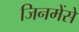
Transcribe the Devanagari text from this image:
जिनमेंसे